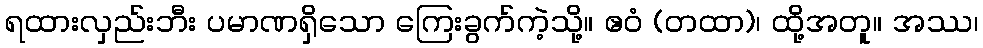
ရထားလှည်းဘီး ပမာဏရှိသော ကြေးခွက်ကဲ့သို့။ ဧဝံ (တထာ)၊ ထို့အတူ။ အဿ၊